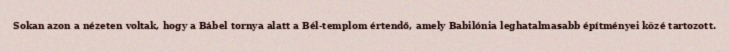
Sokan azon a nézeten voltak, hogy a Bábel tornya alatt a Bél-templom értendő, amely Babilónia leghatalmasabb építményei közé tartozott.